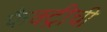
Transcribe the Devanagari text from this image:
फैक्ट्रीची